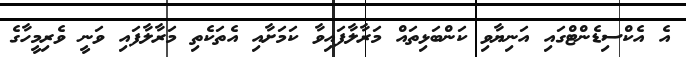
އެ އެކްސިޑެންޓްގައި އަނިޔާވި ކަންބަޅިތައް މަރާލާފައިވާ ކަމަށާއި އެތަކެތި މަރާލާފައި ވަނީ ވެރިމީހާގެ